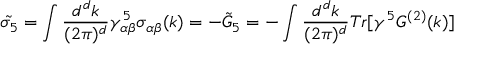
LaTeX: \tilde { \sigma _ { 5 } } = \int { \frac { d ^ { d } k } { ( 2 \pi ) ^ { d } } } \gamma _ { \alpha \beta } ^ { 5 } \sigma _ { \alpha \beta } ( k ) = - \tilde { G } _ { 5 } = - \int { \frac { d ^ { d } k } { ( 2 \pi ) ^ { d } } } T r [ \gamma ^ { 5 } G ^ { ( 2 ) } ( k ) ]